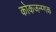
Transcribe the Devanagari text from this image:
कोकजन्ग्गक